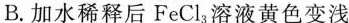
B.加水稀释后FeCl_{3}溶液黄色变浅